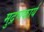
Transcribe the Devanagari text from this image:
मुद्रणकार्य